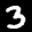
Label: 3